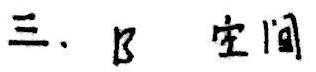
三. $\beta$ 空间